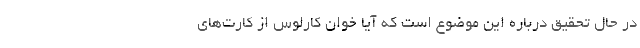
در حال تحقیق درباره این موضوع است که آیا خوان کارلوس از کارت‌های